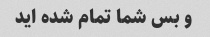
و بس شما تمام شده اید